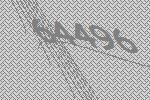
64496